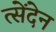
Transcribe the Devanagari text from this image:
त्सेंदेन